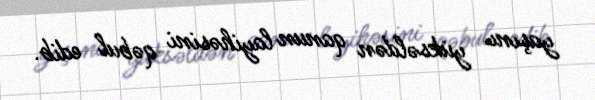
yaşını yüksəldən qanun layihəsini qəbul edib.